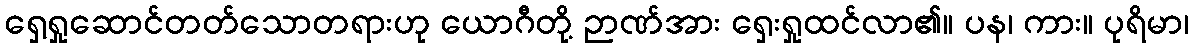
ရှေ့ရှုဆောင်တတ်သောတရားဟု ယောဂီတို့ ဉာဏ်အား ရှေးရှုထင်လာ၏။ ပန၊ ကား။ ပုရိမာ၊